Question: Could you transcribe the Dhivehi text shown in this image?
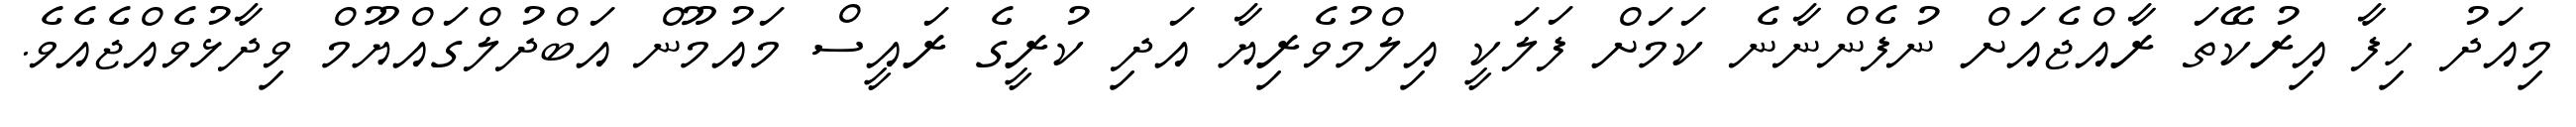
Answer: މިއަދު ހިފާ އިރުކޭތަ ރާއްޖެއަށް ނުފެންނާނެ ކަމަށް ފަލަކީ އިލްމުވެރިޔާ އަދި ކުރީގެ ރައީސް މައުމޫން އަބްދުލްގައްޔޫމް ވިދާޅުވެއްޖެއެވެ.